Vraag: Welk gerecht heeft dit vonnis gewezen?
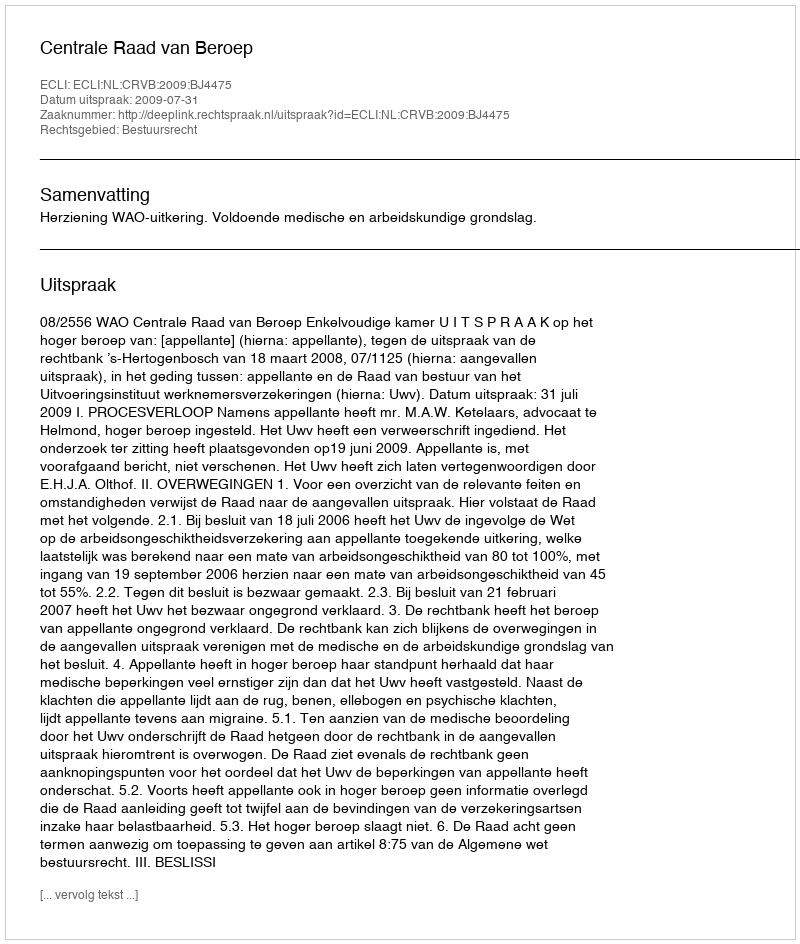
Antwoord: Centrale Raad van Beroep